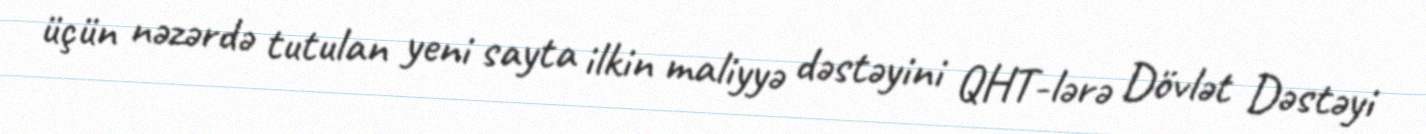
üçün nəzərdə tutulan yeni sayta ilkin maliyyə dəstəyini QHT-lərə Dövlət Dəstəyi